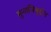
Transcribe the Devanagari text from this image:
मुन्तजिबुद्दीन